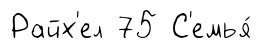
Райх'ел 75 С'емья́